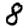
Digit: 8